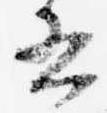
書